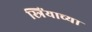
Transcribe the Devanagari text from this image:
स्त्रिंयाच्या